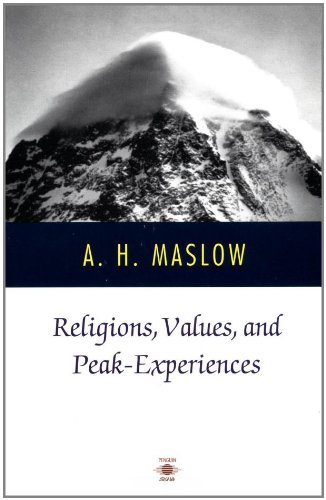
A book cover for Religions, Values, and Peak-Experiences (Compass); Abraham H. Maslow; Science & Math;